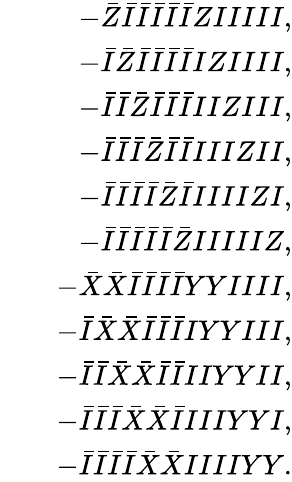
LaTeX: \begin{array}{rlr}&{}&{-\bar{Z}\bar{I}\bar{I}\bar{I}\bar{I}\bar{I}ZIIIII,}\\ &{}&{-\bar{I}\bar{Z}\bar{I}\bar{I}\bar{I}\bar{I}IZIIII,}\\ &{}&{-\bar{I}\bar{I}\bar{Z}\bar{I}\bar{I}\bar{I}IIZIII,}\\ &{}&{-\bar{I}\bar{I}\bar{I}\bar{Z}\bar{I}\bar{I}IIIZII,}\\ &{}&{-\bar{I}\bar{I}\bar{I}\bar{I}\bar{Z}\bar{I}IIIIZI,}\\ &{}&{-\bar{I}\bar{I}\bar{I}\bar{I}\bar{I}\bar{Z}IIIIIZ,}\\ &{}&{-\bar{X}\bar{X}\bar{I}\bar{I}\bar{I}\bar{I}YYIIII,}\\ &{}&{-\bar{I}\bar{X}\bar{X}\bar{I}\bar{I}\bar{I}IYYIII,}\\ &{}&{-\bar{I}\bar{I}\bar{X}\bar{X}\bar{I}\bar{I}IIYYII,}\\ &{}&{-\bar{I}\bar{I}\bar{I}\bar{X}\bar{X}\bar{I}IIIYYI,}\\ &{}&{-\bar{I}\bar{I}\bar{I}\bar{I}\bar{X}\bar{X}IIIIYY.}\end{array}